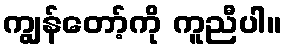
ကျွန်တော့်ကို ကူညီပါ။